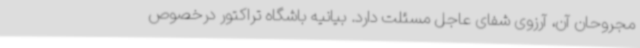
مجروحان آن، آرزوی شفای عاجل مسئلت دارد. بیانیه باشگاه تراکتور درخصوص